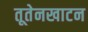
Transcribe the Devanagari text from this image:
तूतेनखाटन